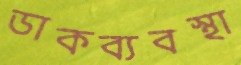
ডাকব্যবস্থা